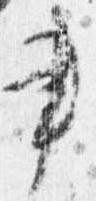
書